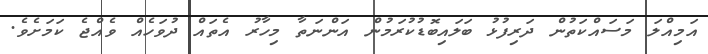
އަމިއްލަ މަސައްކަތުން ދަރިފުޅު ބަލައިބޮޑުކުރަމުން އަންނަތާ މިހާރު އެތައް ދުވަހެއް ވެއްޖެ ކަމަށެވެ.